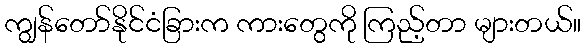
ကျွန်တော်နိုင်ငံခြားက ကားတွေကို ကြည့်တာ များတယ်။